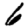
Digit: 6